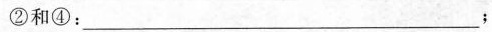
②和④：___；